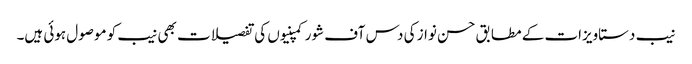
نیب دستاویزات کے مطابق حسن نواز کی دس آف شور کمپنیوں کی تفصیلات بھی نیب کو موصول ہوئی ہیں۔